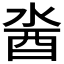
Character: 𨠆